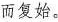
而复始。